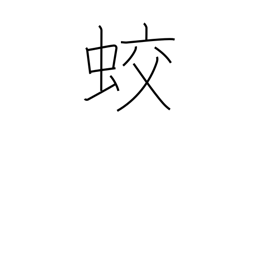
Meaning: dragon